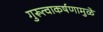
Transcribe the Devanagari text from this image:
गुरूत्वाकर्षणामुळे